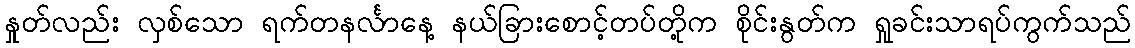
နှုတ်လည်း လှစ်သော ရက်တနင်္လာနေ့ နယ်ခြားစောင့်တပ်တို့က စိုင်းနွတ်က ရှုခင်းသာရပ်ကွက်သည်